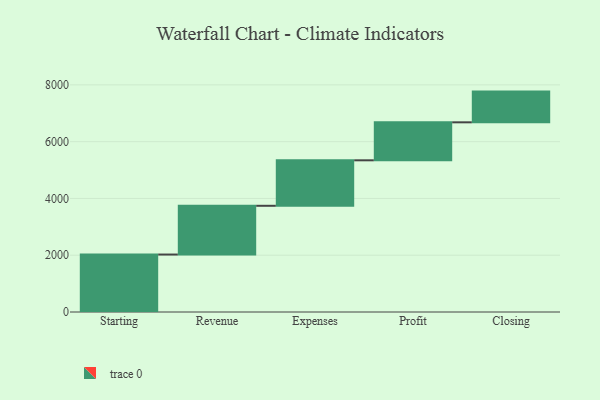
{"axis": {"x": "Step", "y": "Value"}, "legend": [""], "data": [{"x": "Starting", "y": 2024.0, "type": ""}, {"x": "Revenue", "y": 1717.0, "type": ""}, {"x": "Expenses", "y": 1602.0, "type": ""}, {"x": "Profit", "y": 1338.0, "type": ""}, {"x": "Closing", "y": 1082.0, "type": ""}]}